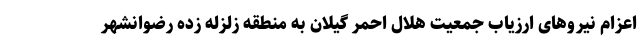
اعزام نیروهای ارزیاب جمعیت هلال احمر گیلان به منطقه زلزله زده رضوانشهر